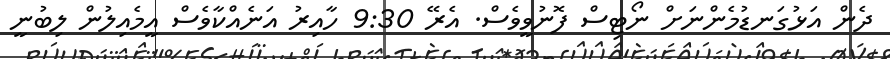
ދެން އަޅުގަނޑުމެންނަށް ނޯޓިސް ފޮނުވީވެސް. އެރޭ 9:30 ހާއިރު އަނެއްކާވެސް އީމެއިލުން ލިބުނީ